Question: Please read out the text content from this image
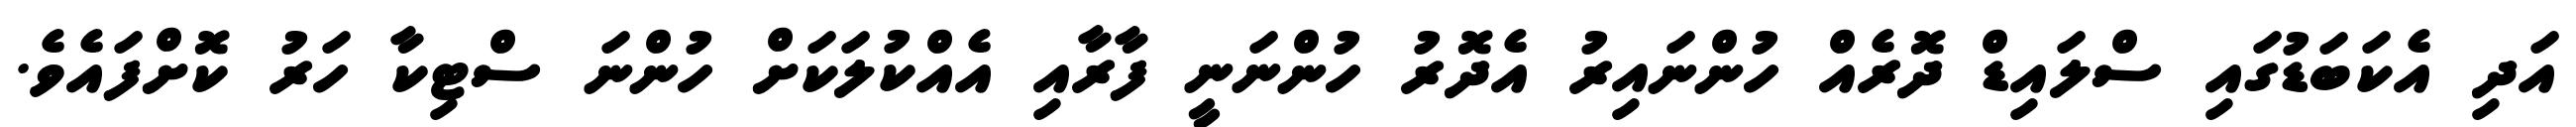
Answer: އަދި އެކަބަޑުގައި ސްލައިޑް ދޮރެއް ހުންނައިރު އެދޮރު ހުންނަނީ ފާރާއި އެއްކުލަކަށް ހުންނަ ސްޓިކާ ހަރު ކޮށްފައެވެ.